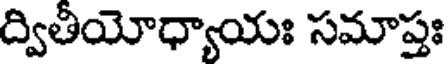
ద్వితీయోధ్యాయః సమాప్తః